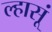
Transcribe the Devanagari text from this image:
ल्हासूं